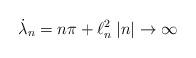
LaTeX: \begin{align*}{\dot\lambda_n}= n\pi +\ell^2_n\; |n|\to \infty\end{align*}